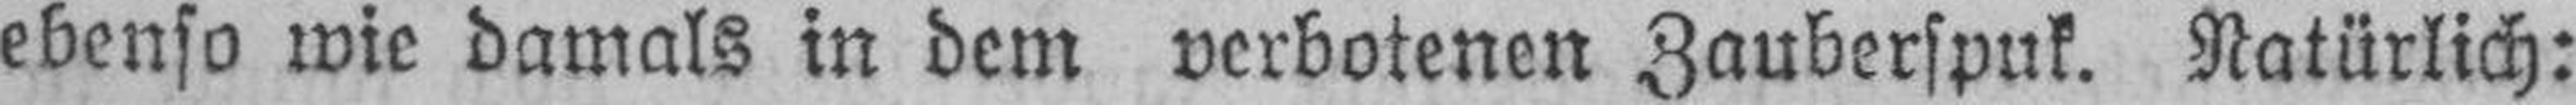
ebenso wie damals in dem verbotenen Zauberspuk. Natürlich: